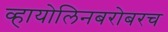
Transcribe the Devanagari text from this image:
व्हायोलिनबरोबरच